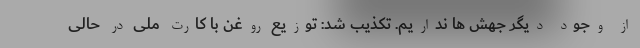
از وجود دیگر جهش ها نداریم. تکذیب شد: توزیع روغن با کارت ملی در حالی